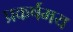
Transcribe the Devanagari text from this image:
प्रकर्षमय